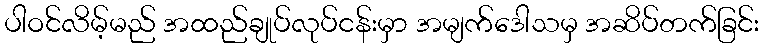
ပါဝင်လိမ့်မည် အထည်ချုပ်လုပ်ငန်းမှာ အမျက်ဒေါသမှ အဆိပ်တက်ခြင်း